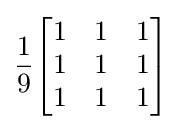
{\frac {1}{9}}{\begin{bmatrix}1&1&1\\1&1&1\\1&1&1\end{bmatrix}}